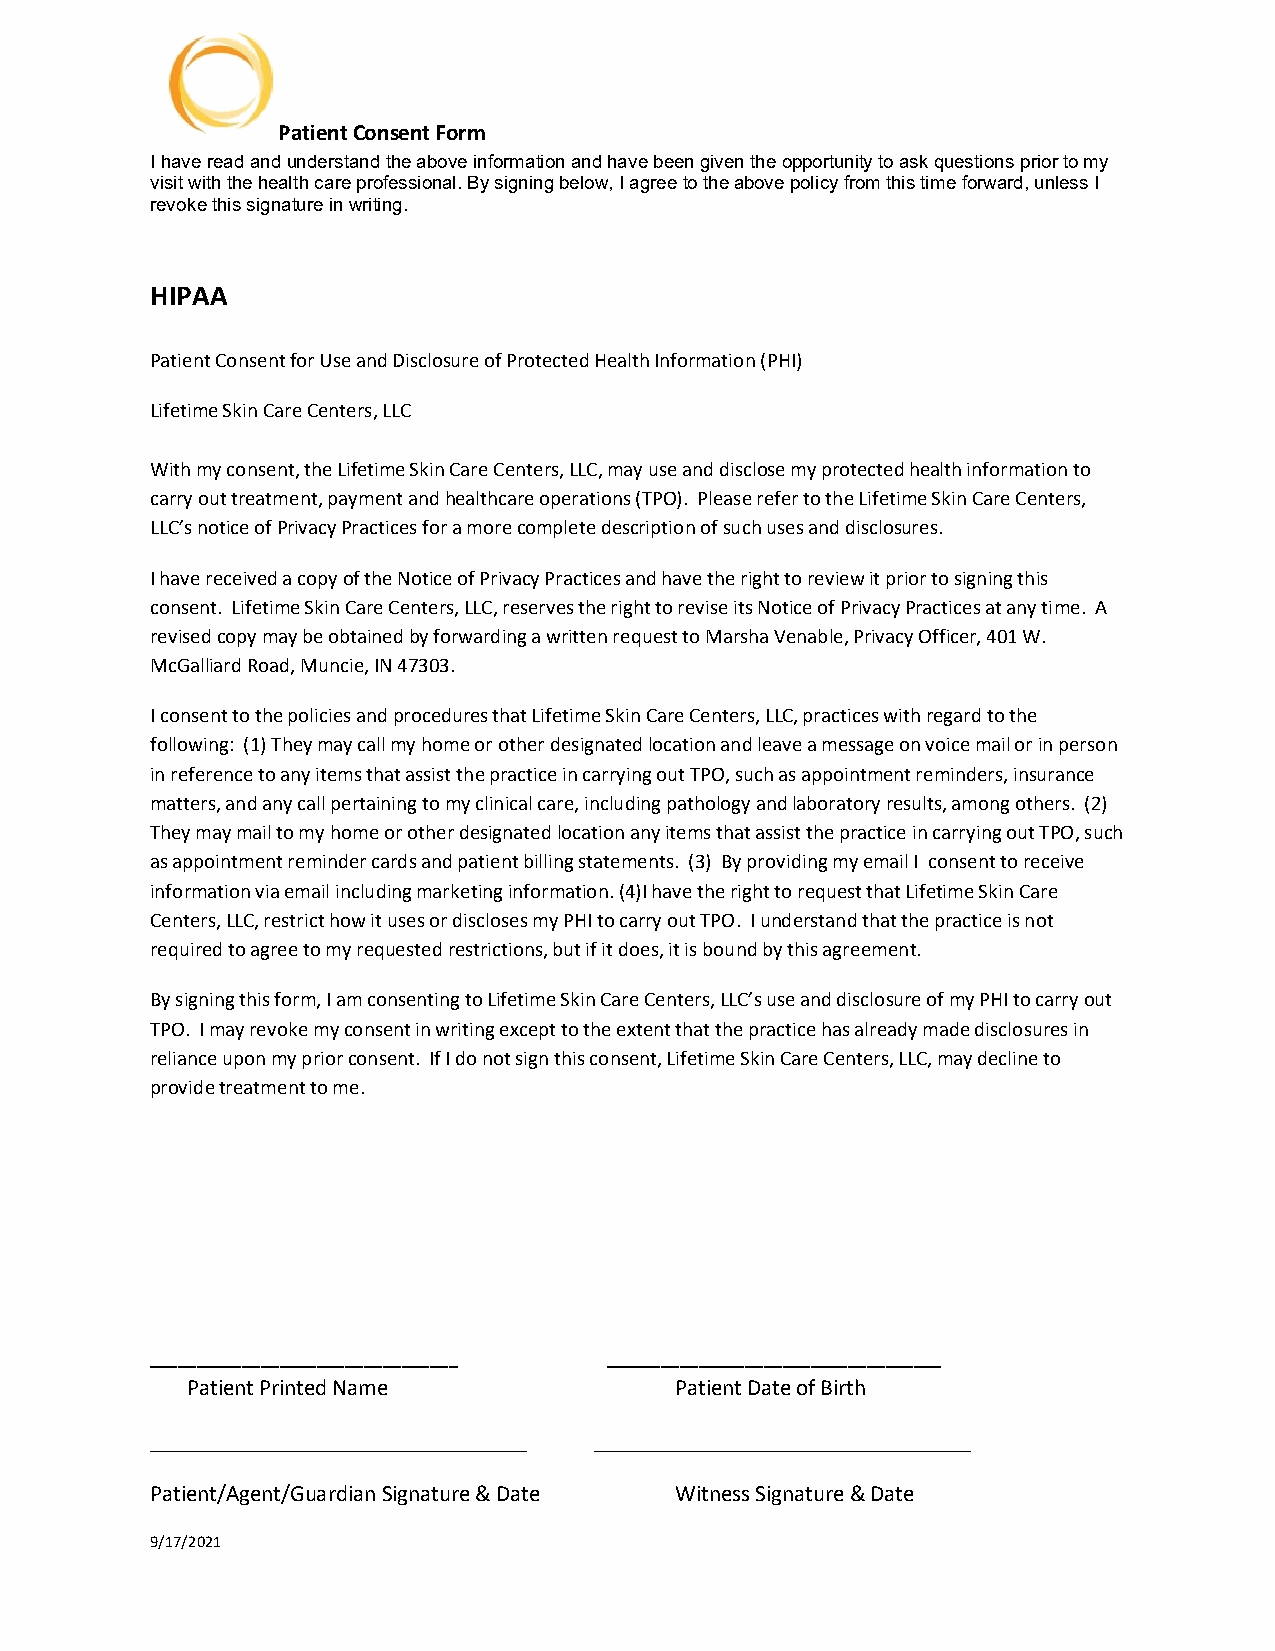
Patient Consent Form
 I have read and understand the above information and have been given the opportunity to ask questions prior to my
 visit with the health care professional. By signing below, I agree to the above policy from this time forward, unless I
 revoke this signature in writing.
 HIPAA
 Patient Consent for Use and Disclosure of Protected Health Information (PHI)
 Lifetime Skin Care Centers, LLC
 With my consent, the Lifetime Skin Care Centers, LLC, may use and disclose my protected health information to
 carry out treatment, payment and healthcare operations (TPO). Please refer to the Lifetime Skin Care Centers,
 LLC’s notice of Privacy Practices for a more complete description of such uses and disclosures.
 I have received a copy of the Notice of Privacy Practices and have the right to review it prior to signing this
 consent. Lifetime Skin Care Centers, LLC, reserves the right to revise its Notice of Privacy Practices at any time. A
 revised copy may be obtained by forwarding a written request to Marsha Venable, Privacy Officer, 401 W.
 McGalliard Road, Muncie, IN 47303.
 I consent to the policies and procedures that Lifetime Skin Care Centers, LLC, practices with regard to the
 following: (1) They may call my home or other designated location and leave a message on voice mail or in person
 in reference to any items that assist the practice in carrying out TPO, such as appointment reminders, insurance
 matters, and any call pertaining to my clinical care, including pathology and laboratory results, among others. (2)
 They may mail to my home or other designated location any items that assist the practice in carrying out TPO, such
 as appointment reminder cards and patient billing statements. (3) By providing my email I consent to receive
 information via email including marketing information. (4)I have the right to request that Lifetime Skin Care
 Centers, LLC, restrict how it uses or discloses my PHI to carry out TPO. I understand that the practice is not
 required to agree to my requested restrictions, but if it does, it is bound by this agreement.
 By signing this form, I am consenting to Lifetime Skin Care Centers, LLC’s use and disclosure of my PHI to carry out
 TPO. I may revoke my consent in writing except to the extent that the practice has already made disclosures in
 reliance upon my prior consent. If I do not sign this consent, Lifetime Skin Care Centers, LLC, may decline to
 provide treatment to me.
 _________________________________ ____________________________________
 Patient Printed Name             Patient Date of Birth
 _________________________________ _________________________________
 Patient/Agent/Guardian Signature & Date Witness Signature & Date
 9/17/2021